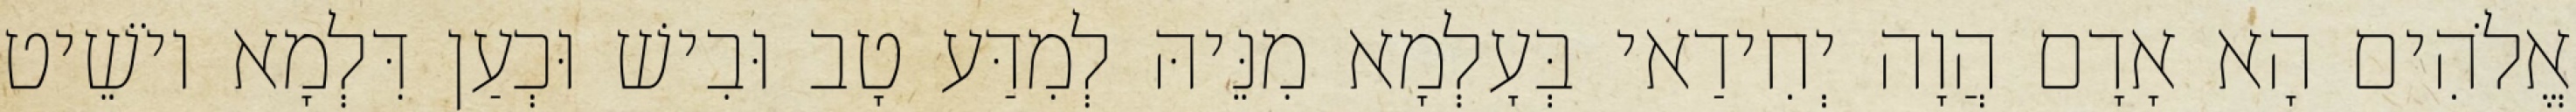
אֱלֹהִים הָא אָדָם הֲוָה יְחִידַאי בְּעָלְמָא מִנֵּיהּ לְמִדַּע טָב וּבִישׁ וּכְעַן דִּלְמָא יוֹשֵׁיט